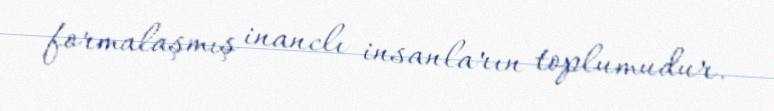
formalaşmış inanclı insanların toplumudur.